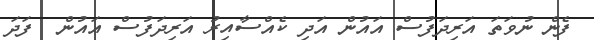
ފެން ނުވަތަ އަރިދަފުސް އައުން އަދި ކެއްސާއިރު އަރިދަފުސް އައުން  ފަދަ